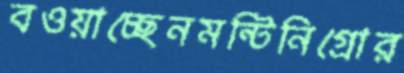
বওয়াচ্ছেনমন্টিনিগ্রোর